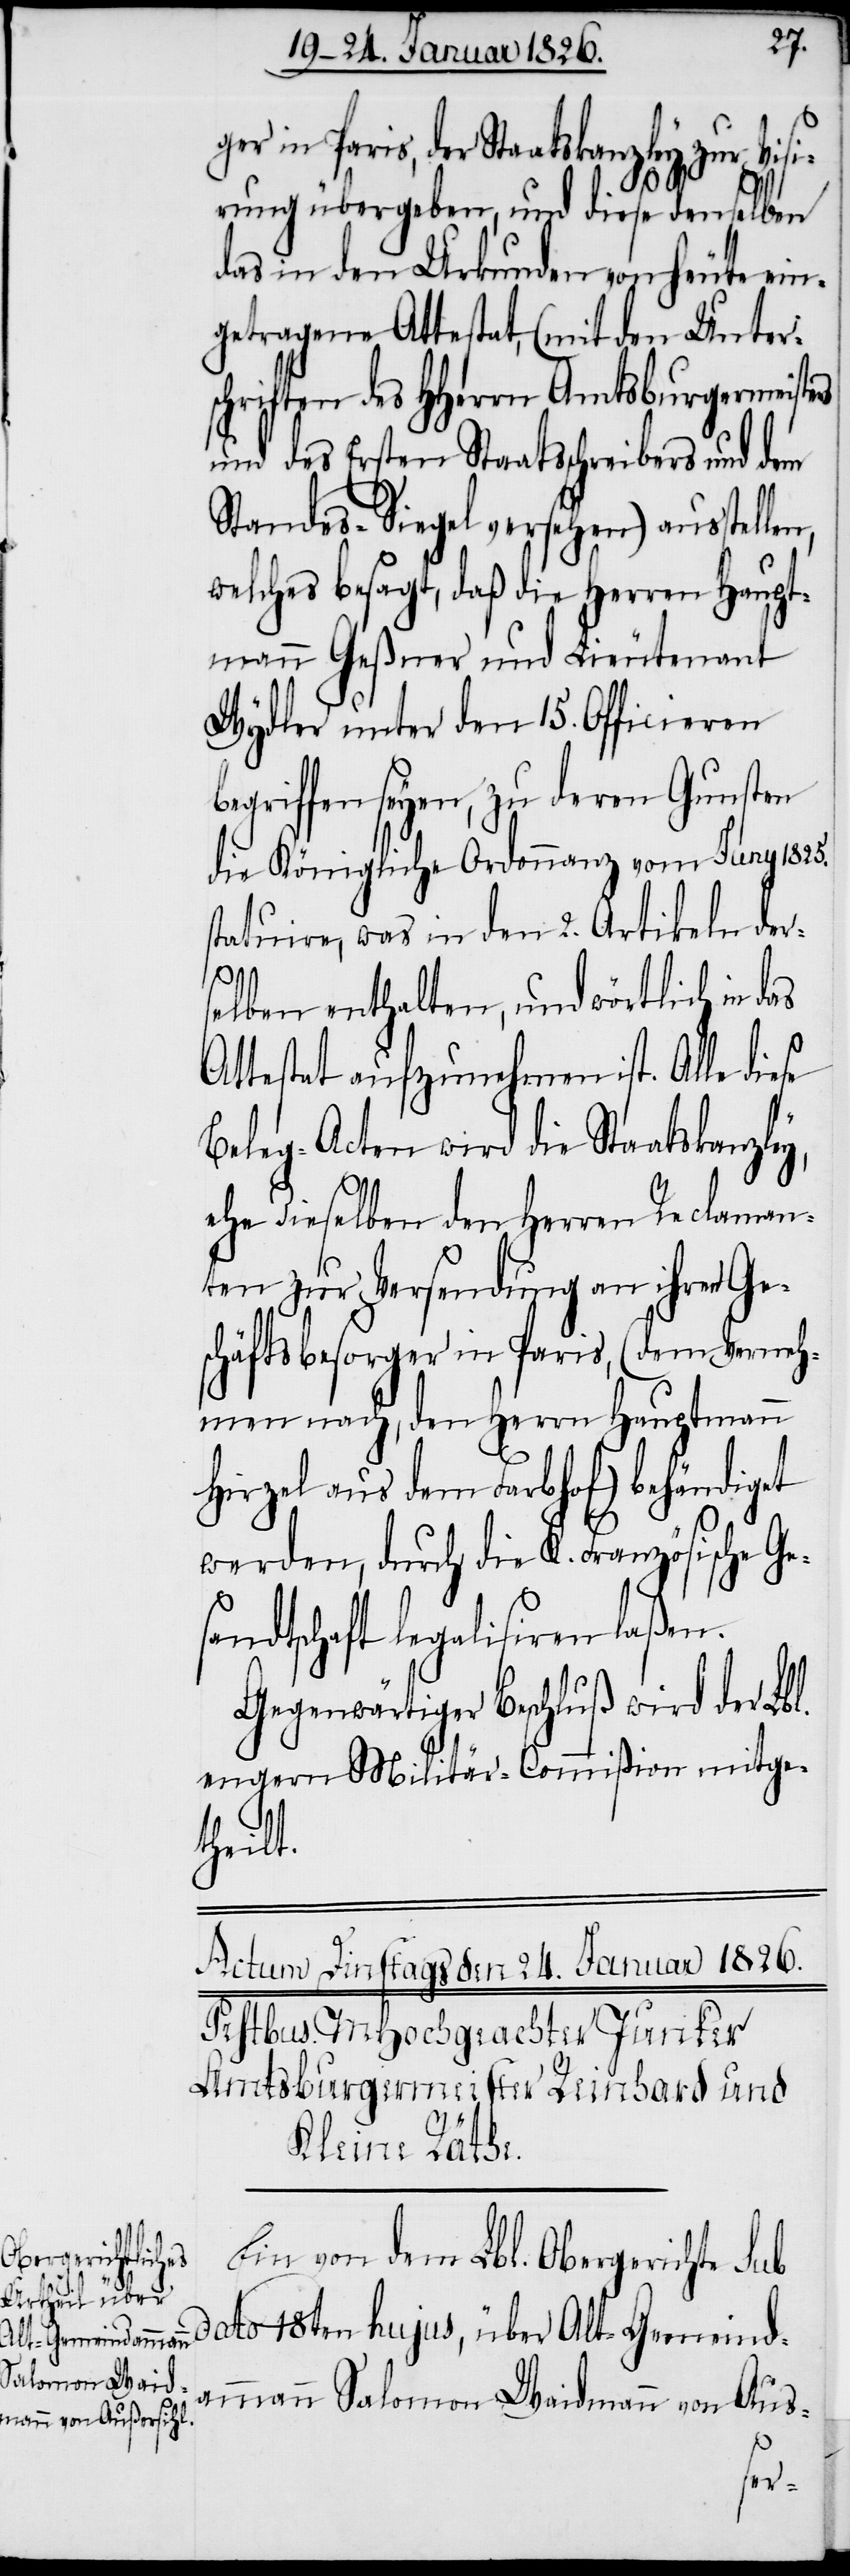
ger in Paris, der Staatskanzley zur Visi¬
rung übergeben, und diese demselben
das in den Urkunden von heute ein¬
getragene Attestat, (mit den Unters¬
chriften des HHerrn Amtsburgermeist¬
und des Ersten Staatsschreibers und dem
Standes-Siegel versehen) ausstelle¬
welches besagt, daß die Herren Haupt¬
mann Geßner und Lieutenant
Wydler unter den 15. Officieren
begriffen seyen, zu deren Gunsten
die Königliche Ordonnanz vom Juny 1825.
statuire, was in den 2. Artikeln der¬
n,
selben enthalten, und wörtlich in das
Attestat aufzunehmen ist. Alle diese
Beleg-Acten wird die Staatskanzley,
ehe dieselben den Herren Reclaman¬
ten zur Versendung an ihren Ge¬
schäftsbesorger in Paris, (dem Verneh¬
men nach, den Herrn Hauptmann
Hirzel aus dem Farbhof) behändiget
werden, durch die K. Französische Ge¬
sandtschaft legalisiren laßen.
Gegenwärtiger Beschluß wird der Lbl.
engern Militär-Commißion mitge¬
theilt.
Ein von dem Lbl. Obergerichte sub
dato 18ten hujus, über Alt-Gemeind¬
ammann Salomon Waidmann von Aus-